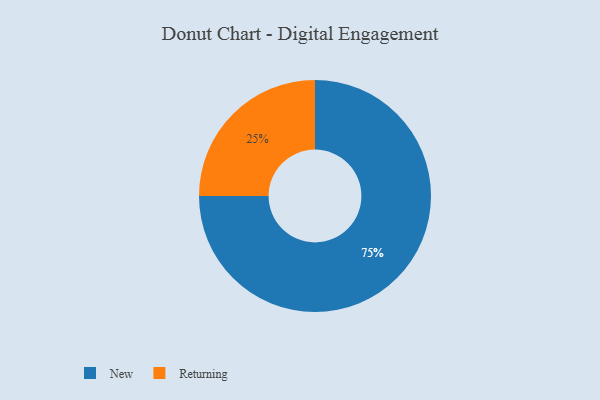
{"axis": {"x": "Category", "y": "Percentage"}, "legend": ["New", "Returning"], "data": [{"x": "New", "y": 75, "type": "New"}, {"x": "Returning", "y": 25, "type": "Returning"}]}